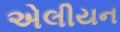
એલીયન